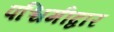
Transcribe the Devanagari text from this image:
पश्चिमीद्वार